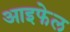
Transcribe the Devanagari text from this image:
आइफेल